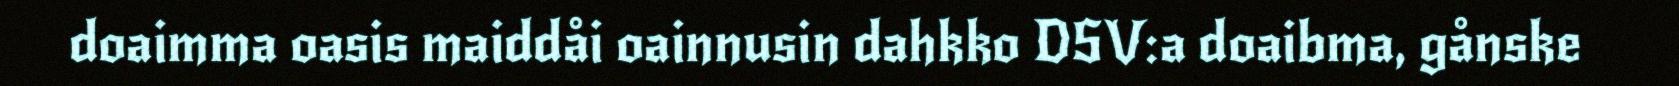
doaimma oasis maiddåi oainnusin dahkko DSV:a doaibma, gånske